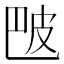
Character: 𬐒